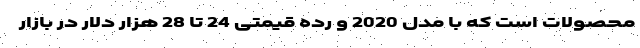
محصولات است که با مدل 2020 و رده قیمتی 24 تا 28 هزار دلار در بازار